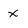
Character: x